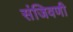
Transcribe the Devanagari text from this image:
संजिवणी